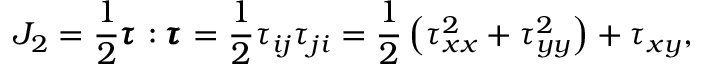
J _ { 2 } = \frac { 1 } { 2 } \pmb { \tau _ { } } : \pmb { \tau _ { } } = \frac { 1 } { 2 } \tau _ { i j } \tau _ { j i } = \frac { 1 } { 2 } \left( \tau _ { x x } ^ { 2 } + \tau _ { y y } ^ { 2 } \right) + \tau _ { x y } ,